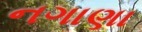
નગાણા